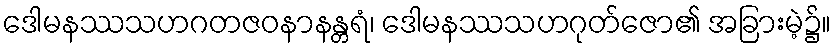
ဒေါမနဿသဟဂတဇဝနာနန္တရံ၊ ဒေါမနဿသဟဂုတ်ဇော၏ အခြားမဲ့၌။